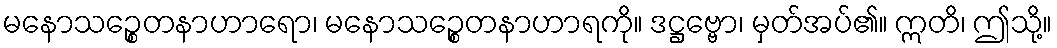
မနောသဉ္စေတနာဟာရော၊ မနောသဉ္စေတနာဟာရကို။ ဒဋ္ဌဗ္ဗော၊ မှတ်အပ်၏။ ဣတိ၊ ဤသို့။